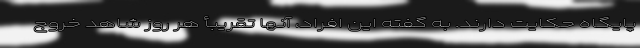
پایگاه حکایت دارند. به گفته این افراد، آنها تقریبأ هر روز شاهد خروج